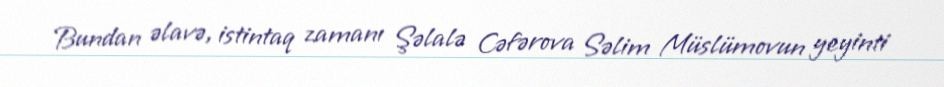
Bundan əlavə, istintaq zamanı Şəlalə Cəfərova Səlim Müslümovun yeyinti